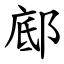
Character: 䣌